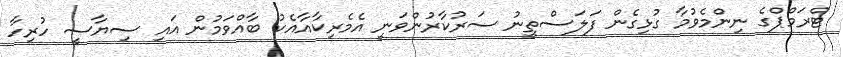
ޓްރަމްޕްގެ ނިންމެވުމާ ގުޅިގެން ފަލަސްތީނު ސަރުކާރުންވަނީ އެމެރިކާއާއެކު ބާއްވަމުން އައި ސިޔާސީ ހުރިހާ